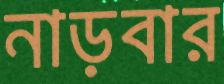
নাড়বার